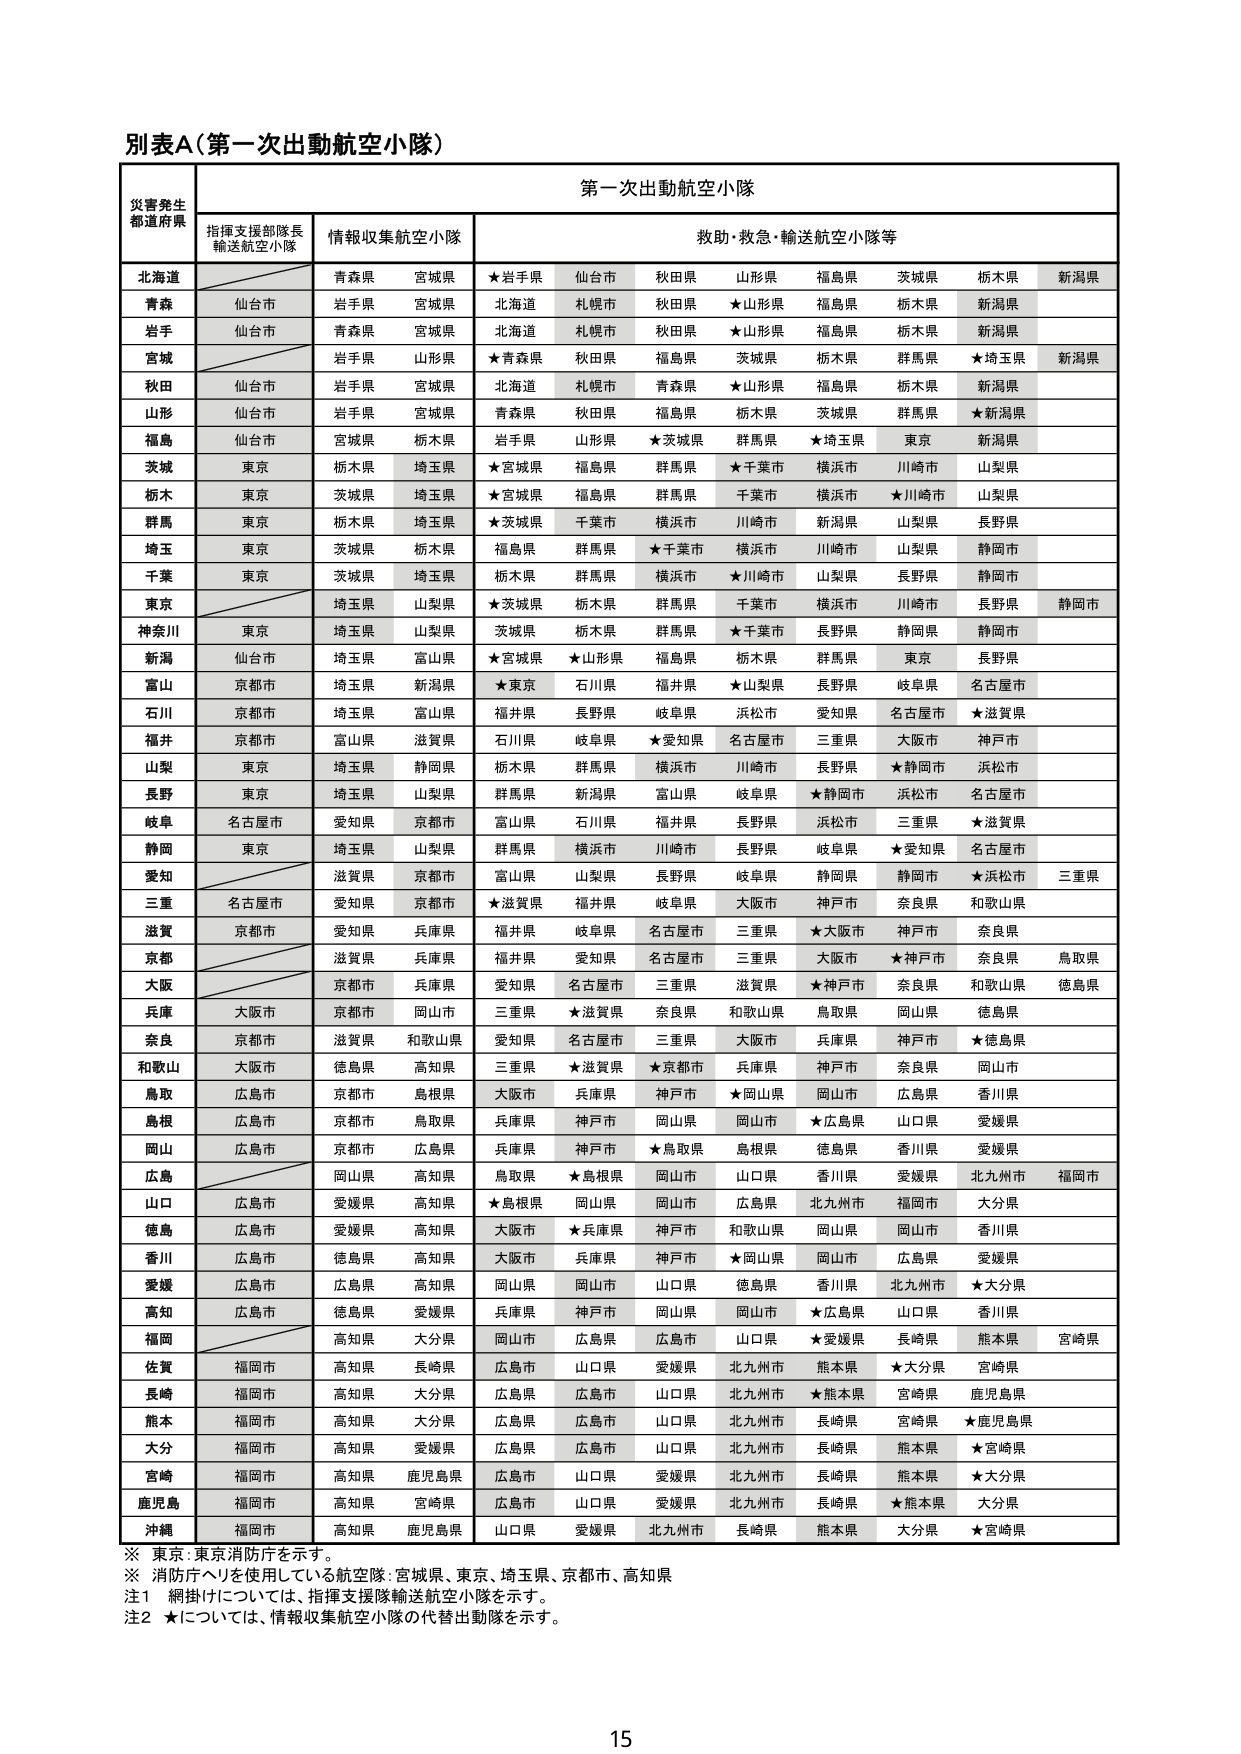
別表A（第一次出動航空小隊）

災害発生
都道府県

第一次出動航空小隊

指揮支援部隊長
輸送航空小隊

情報収集航空小隊

救助・救急・輸送航空小隊等

北海道
青森県 宮城県 ★岩手県 仙台市 秋田県 山形県 福島県 茨城県 栃木県 新潟県

青森
仙台市 岩手県 宮城県 北海道 札幌市 秋田県 ★山形県 福島県 栃木県 新潟県

岩手
仙台市 青森県 宮城県 北海道 札幌市 秋田県 ★山形県 福島県 栃木県 新潟県

宮城
岩手県 山形県 ★青森県 秋田県 福島県 茨城県 栃木県 群馬県 ★埼玉県 新潟県

秋田
仙台市 岩手県 宮城県 北海道 札幌市 青森県 ★山形県 福島県 栃木県 新潟県

山形
仙台市 岩手県 宮城県 青森県 秋田県 福島県 栃木県 茨城県 群馬県 ★新潟県

福島
仙台市 宮城県 栃木県 岩手県 山形県 ★茨城県 群馬県 ★埼玉県 東京 新潟県

茨城
東京 栃木県 埼玉県 ★宮城県 福島県 群馬県 ★千葉市 横浜市 川崎市 山梨県

栃木
東京 茨城県 埼玉県 ★宮城県 福島県 群馬県 千葉市 横浜市 ★川崎市 山梨県

群馬
東京 栃木県 埼玉県 ★茨城県 千葉市 横浜市 川崎市 新潟県 山梨県 長野県

埼玉
東京 茨城県 栃木県 福島県 群馬県 ★千葉市 横浜市 川崎市 山梨県 静岡市

千葉
東京 茨城県 埼玉県 栃木県 群馬県 横浜市 ★川崎市 山梨県 長野県 静岡市

東京
埼玉県 山梨県 ★茨城県 栃木県 群馬県 千葉市 横浜市 川崎市 長野県 静岡市

神奈川
東京 埼玉県 山梨県 茨城県 栃木県 群馬県 ★千葉市 長野県 静岡県 静岡市

新潟
仙台市 埼玉県 富山県 ★宮城県 ★山形県 福島県 栃木県 群馬県 東京 長野県

富山
京都市 埼玉県 新潟県 ★東京 石川県 福井県 ★山梨県 長野県 岐阜県 名古屋市

石川
京都市 埼玉県 富山県 福井県 長野県 岐阜県 浜松市 愛知県 名古屋市 ★滋賀県

福井
京都市 富山県 滋賀県 石川県 岐阜県 ★愛知県 名古屋市 三重県 大阪市 神戸市

山梨
東京 埼玉県 静岡県 栃木県 群馬県 横浜市 川崎市 長野県 ★静岡市 浜松市

長野
東京 埼玉県 山梨県 群馬県 新潟県 富山県 岐阜県 ★静岡市 浜松市 名古屋市

岐阜
名古屋市 愛知県 京都市 富山県 石川県 福井県 長野県 浜松市 三重県 ★滋賀県

静岡
東京 埼玉県 山梨県 群馬県 横浜市 川崎市 長野県 岐阜県 ★愛知県 名古屋市

愛知
滋賀県 京都市 富山県 山梨県 長野県 岐阜県 静岡県 静岡市 ★浜松市 三重県

三重
名古屋市 愛知県 京都市 ★滋賀県 福井県 岐阜県 大阪市 神戸市 奈良県 和歌山県

滋賀
京都市 愛知県 兵庫県 福井県 岐阜県 名古屋市 三重県 ★大阪市 神戸市 奈良県

京都
滋賀県 兵庫県 福井県 愛知県 名古屋市 三重県 大阪市 ★神戸市 奈良県 鳥取県

大阪
京都市 兵庫県 愛知県 名古屋市 三重県 滋賀県 ★神戸市 奈良県 和歌山県 徳島県

兵庫
大阪市 京都市 岡山市 三重県 ★滋賀県 奈良県 和歌山県 鳥取県 岡山県 徳島県

奈良
京都市 滋賀県 和歌山県 愛知県 名古屋市 三重県 大阪市 兵庫県 神戸市 ★徳島県

和歌山
大阪市 徳島県 高知県 三重県 ★滋賀県 ★京都市 兵庫県 神戸市 奈良県 岡山市

鳥取
広島市 京都市 島根県 大阪市 兵庫県 神戸市 ★岡山県 岡山市 広島県 香川県

島根
広島市 京都市 島取県 兵庫県 神戸市 岡山県 岡山市 ★広島県 山口県 愛媛県

岡山
広島市 京都市 広島県 兵庫県 神戸市 ★鳥取県 島根県 徳島県 香川県 愛媛県

広島
岡山県 高知県 鳥取県 ★島根県 岡山市 山口県 香川県 愛媛県 北九州市 福岡市

山口
広島市 愛媛県 高知県 ★島根県 岡山県 岡山市 広島県 北九州市 福岡市 大分県

徳島
広島市 愛媛県 高知県 大阪市 ★兵庫県 神戸市 和歌山県 岡山県 岡山市 香川県

香川
広島市 徳島県 高知県 大阪市 兵庫県 神戸市 ★岡山県 岡山市 広島県 愛媛県

愛媛
広島市 広島県 高知県 岡山県 岡山市 山口県 徳島県 香川県 北九州市 ★大分県

高知
広島市 徳島県 愛媛県 兵庫県 神戸市 岡山県 岡山市 ★広島県 山口県 香川県

福岡
高知県 大分県 岡山市 広島県 広島市 山口県 ★愛媛県 長崎県 熊本県 宮崎県

佐賀
福岡市 高知県 長崎県 広島市 山口県 愛媛県 北九州市 熊本県 ★大分県 宮崎県

長崎
福岡市 高知県 大分県 広島県 広島市 山口県 北九州市 ★熊本県 宮崎県 鹿児島県

熊本
福岡市 高知県 大分県 広島県 広島市 山口県 北九州市 長崎県 宮崎県 ★鹿児島県

大分
福岡市 高知県 愛媛県 広島県 広島市 山口県 北九州市 長崎県 熊本県 ★宮崎県

宮崎
福岡市 高知県 鹿児島県 広島市 山口県 愛媛県 北九州市 長崎県 熊本県 ★大分県

鹿児島
福岡市 高知県 宮崎県 広島市 山口県 愛媛県 北九州市 長崎県 ★熊本県 大分県

沖縄
福岡市 高知県 鹿児島県 山口県 愛媛県 北九州市 長崎県 熊本県 大分県 ★宮崎県

※ 東京：東京消防庁を示す。
※ 消防庁ヘリを使用している航空隊：宮城県、東京、埼玉県、京都市、高知県
注1 網掛けについては、指揮支援隊輸送航空小隊を示す。
注2 ★については、情報収集航空小隊の代替出動隊を示す。

15